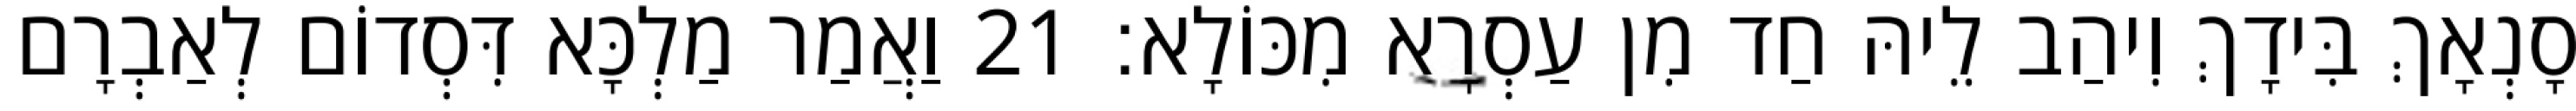
סָנְאָךְ בִּידָךְ וִיהַב לֵיהּ חַד מִן עַסְרָא מִכּוֹלָא׃ 21 וַאֲמַר מַלְכָּא דִּסְדוֹם לְאַבְרָם